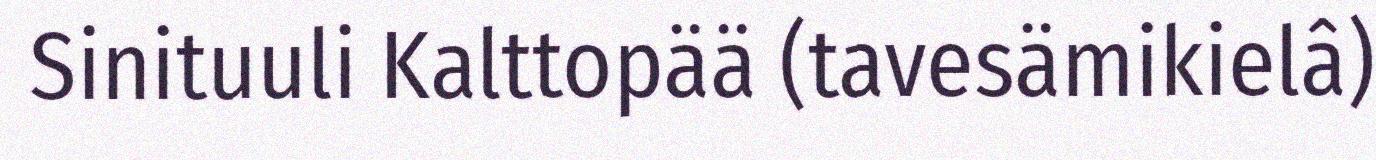
Sinituuli Kalttopää (tavesämikielâ)